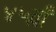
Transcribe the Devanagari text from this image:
४५वाँ